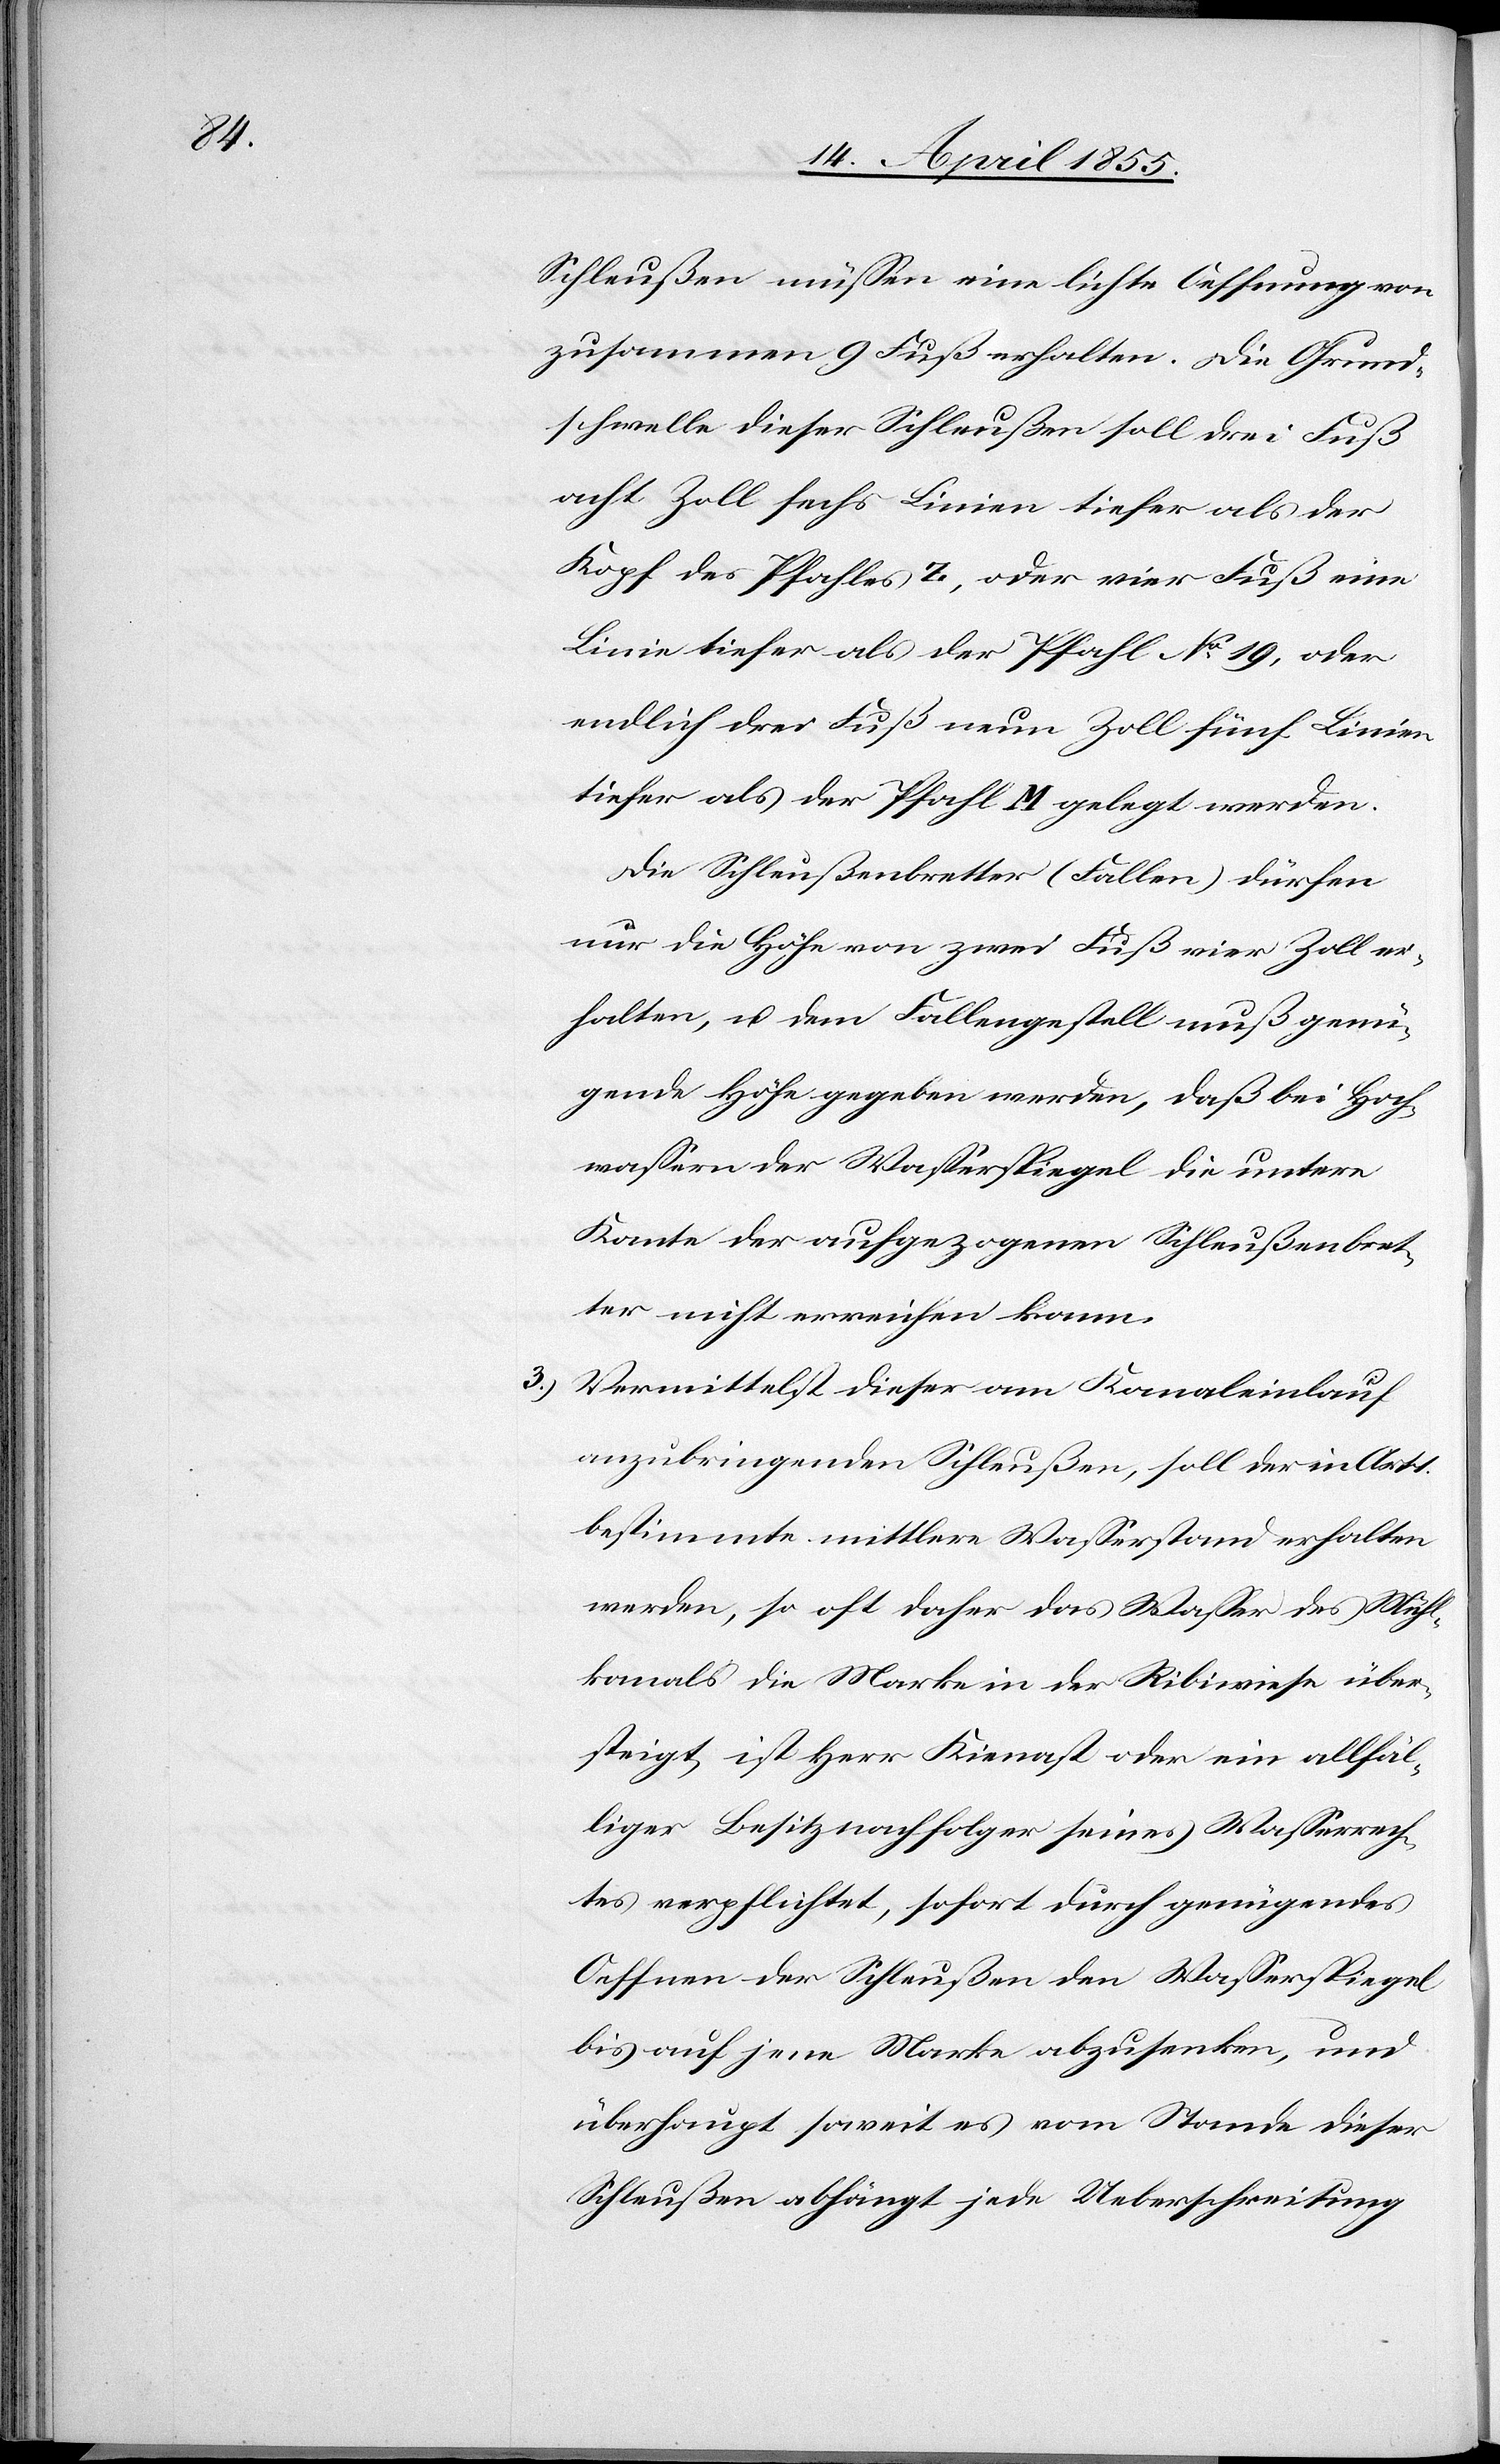
1.

3.)

Schleußen müssen eine lichte Oeffnung von
zusammen 9 Fuß erhalten. Die Grund¬
schwelle dieser Schleußen soll drei Fuß
acht Zoll sechs Linien tiefer als der
Kopf des Pfahles z, oder vier Fuß eine
Linie tiefer als der Pfahl No 19, oder
endlich drei Fuß neun Zoll fünf Linien
tiefer als der Pfahl M gelegt werden.
Die Schleußenbretter (Fallen) dürfen
nur die Höhe von zwei Fuß vier Zoll er¬
halten, u. dem Fallengestell muß genü¬
gende Höhe gegeben werden, daß bei Hoch¬
wassern der Wasserspiegel die untere
Kante der aufgezogenen Schleußenbret¬
ter nicht erreichen kann.
Vermittelst dieser am Kanaleinlauf
anzubringenden Schleußen, soll der in Art.
bestimmte mittlere Wasserstand erhalten
werden, so oft daher das Wasser des Mühl¬
kanals die Marke in der Ribiwiese über¬
steigt, ist Herr Kienast oder ein allfäl¬
liger Besitznachfolger seines Wasserrech¬
tes verpflichtet, sofort durch genügendes
Oeffnen der Schleußen den Wasserspiegel
bis auf jene Marke abzusenken, und
überhaupt soweit es vom Stande dieser
Schleußen abhängt jede Ueberschreitung